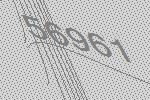
56961